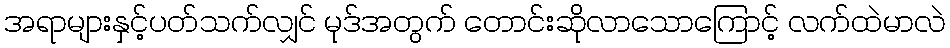
အရာများနှင့်ပတ်သက်လျှင် မုဒ်အတွက် တောင်းဆိုလာသောကြောင့် လက်ထဲမာလဲ